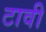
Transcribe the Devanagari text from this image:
टावी